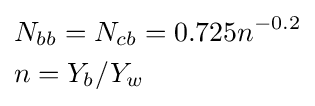
{\begin{aligned}&N_{bb}=N_{cb}=0.725n^{-0.2}\\&n=Y_{b}/Y_{w}\end{aligned}}